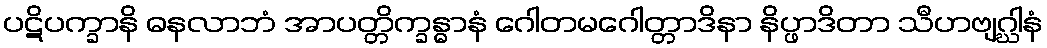
ပဋိပက္ခာနိ ဓနလာဘံ အာပတ္တိက္ခန္ဓာနံ ဂေါတမဂေါတ္တာဒိနာ နိပ္ဖာဒိတာ သီဟဗျဂ္ဃါနံ